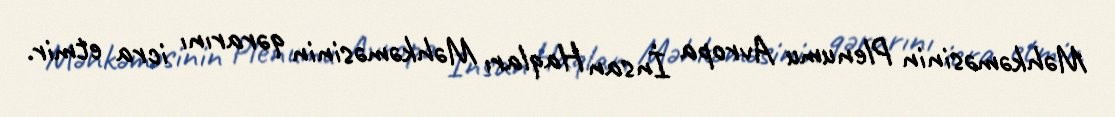
Məhkəməsinin Plenumu Avropa İnsan Haqları Məhkəməsinin qərarını icra etmir.